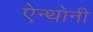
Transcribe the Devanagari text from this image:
ऐन्थोनी